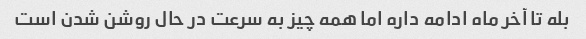
بله تا آخر ماه ادامه داره اما همه چیز به سرعت در حال روشن شدن است